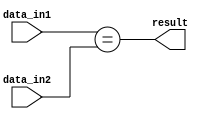
module Serial_Comparator(
    input wire data_in1,
    input wire data_in2,
    output wire result
);

assign result = (data_in1 == data_in2);

endmodule